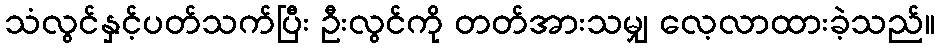
သံလွင်နှင့်ပတ်သက်ပြီး ဦးလွင်ကို တတ်အားသမျှ လေ့လာထားခဲ့သည်။